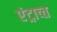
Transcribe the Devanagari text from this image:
एंट्राच्त